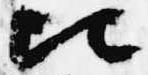
比